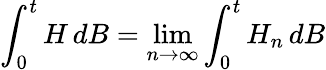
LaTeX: \int_{0}^{t}H\, dB=\operatorname*{lim}_{n\to\infty}\int_{0}^{t}H_{n}\, dB